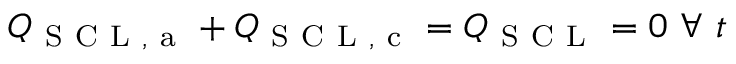
Q _ { \mathrm { ~ S ~ C ~ L ~ , ~ a ~ } } + Q _ { \mathrm { ~ S ~ C ~ L ~ , ~ c ~ } } = Q _ { \mathrm { ~ S ~ C ~ L ~ } } = 0 \ \forall \ t